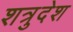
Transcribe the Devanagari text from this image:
शत्रुदेश